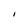
Character: I